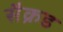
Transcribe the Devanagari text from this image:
सैक्रड